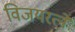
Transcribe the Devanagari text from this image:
विजयरत्ने